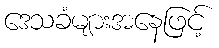
ဒေသခံများအနေဖြင့်